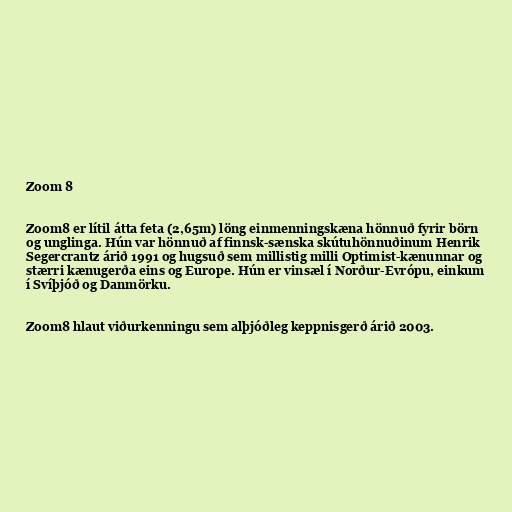
Zoom 8

Zoom8 er lítil átta feta (2,65m) löng einmenningskæna hönnuð fyrir börn
og unglinga. Hún var hönnuð af finnsk-sænska skútuhönnuðinum Henrik
Segercrantz árið 1991 og hugsuð sem millistig milli Optimist-kænunnar og
stærri kænugerða eins og Europe. Hún er vinsæl í Norður-Evrópu, einkum
í Svíþjóð og Danmörku.

Zoom8 hlaut viðurkenningu sem alþjóðleg keppnisgerð árið 2003.